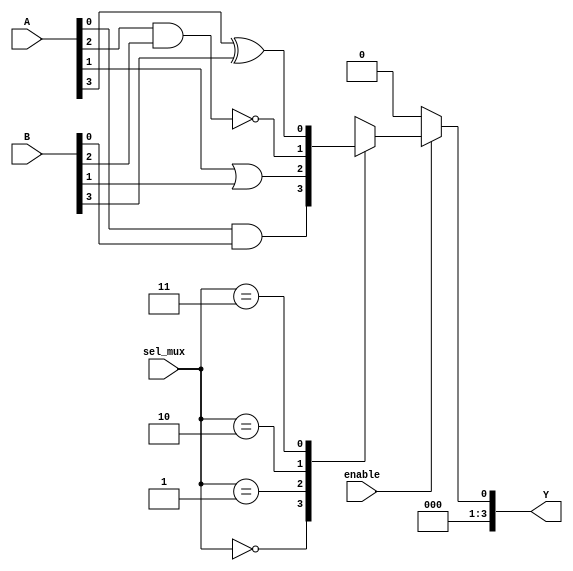
module combinational_logic_block (
    input wire [3:0] A,           // 4-bit input A
    input wire [3:0] B,           // 4-bit input B
    input wire [1:0] sel_mux,     // 2-bit selector for MUX
    input wire enable,             // Enable signal
    output wire [3:0] Y           // 4-bit output Y
);

// Internal wires for LUTs and MUX outputs
wire [3:0] lut_out;              // Output from LUTs
wire mux_out;                    // Output from MUX

// Look-Up Table (LUT) implementation
// Example: LUT to implement a specific logic function
assign lut_out[0] = A[0] & B[0]; // AND operation
assign lut_out[1] = A[1] | B[1]; // OR operation
assign lut_out[2] = ~(A[2] & B[2]); // NAND operation
assign lut_out[3] = A[3] ^ B[3]; // XOR operation

// Multiplexer to select between different LUT outputs
always @(*) begin
    case (sel_mux)
        2'b00: mux_out = lut_out[0]; // Select LUT output 0
        2'b01: mux_out = lut_out[1]; // Select LUT output 1
        2'b10: mux_out = lut_out[2]; // Select LUT output 2
        2'b11: mux_out = lut_out[3]; // Select LUT output 3
        default: mux_out = 1'b0;      // Default case
    endcase
end

// Enable control for output
assign Y = enable ? {3'b000, mux_out} : 4'b0000; // Output based on enable signal

endmodule